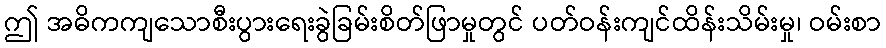
ဤ အဓိကကျသောစီးပွားရေးခွဲခြမ်းစိတ်ဖြာမှုတွင် ပတ်ဝန်းကျင်ထိန်းသိမ်းမှု၊ ဝမ်းစာ